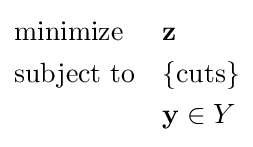
{\begin{aligned}&{\text{minimize}}&&\mathbf {z} \\&{\text{subject to}}&&\{{\text{cuts}}\}\\&&&\mathbf {y} \in Y\\\end{aligned}}